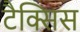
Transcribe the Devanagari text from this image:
टैक्सिस